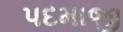
પદમાજી